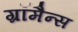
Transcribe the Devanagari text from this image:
ग्रॉमैन्स